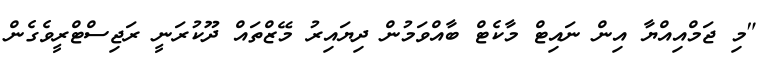
"މި ޖަމްއިއްޔާ އިން ނައިޓް މާކެޓް ބާއްވަމުން ދިޔައިރު މޭޒްތައް ދޫކުރަނީ ރަޖިސްޓްރީވެގެން